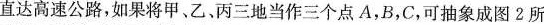
直达高速公路，如果将甲、乙、丙三地当作三个点A，B，C，可抽象成图2所